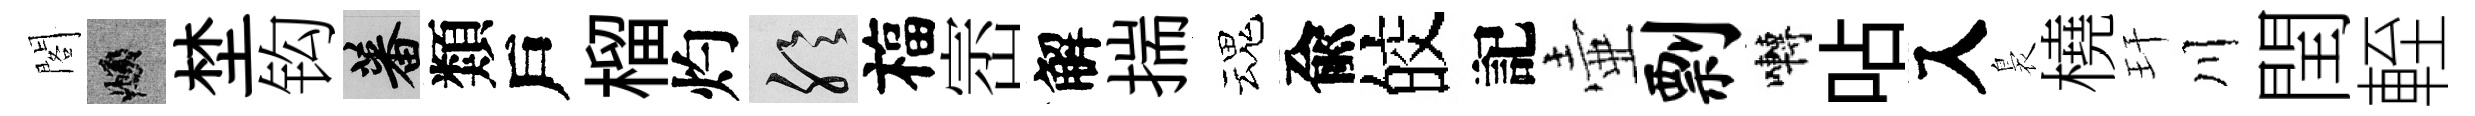
閣頫埜钩蕃類戶榴灼聆福崈解揣魂兪皎記壷剽囀呫入裊橈玕川閏輊